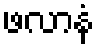
ဖလာနံ